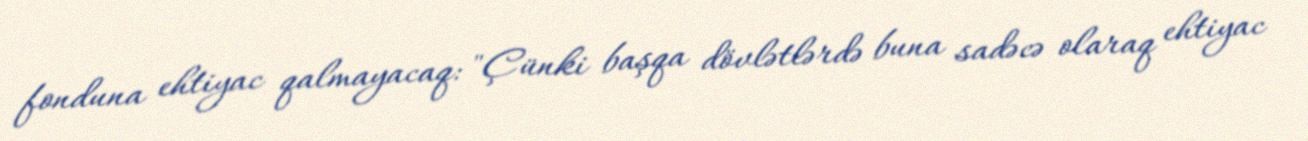
fonduna ehtiyac qalmayacaq: "Çünki başqa dövlətlərdə buna sadəcə olaraq ehtiyac